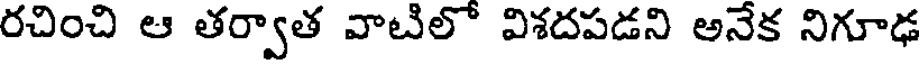
రచించి ఆ తర్వాత వాటిలో విశదపడని అనేక నిగూఢ